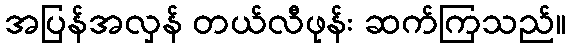
အပြန်အလှန် တယ်လီဖုန်း ဆက်ကြသည်။